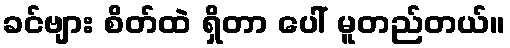
ခင်ဗျား စိတ်ထဲ ရှိတာ ပေါ် မူတည်တယ်။